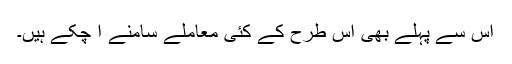
اس سے پہلے بھی اس طرح کے کئی معاملے سامنے آ چکے ہیں۔